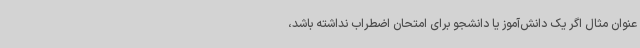
عنوان مثال اگر یک دانش‌آموز یا دانشجو برای امتحان اضطراب نداشته باشد،